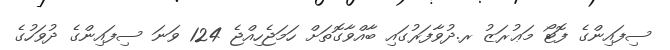
ސިފައިންގެ ފޮޓޯ މަޢުރަޒު ރ.ދުވާފަރުގައި ބާއްވާގޮތަށް ހަމަޖެހިއްޖެ 124 ވަނަ ސިފައިންގެ ދުވަހުގެ